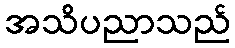
အသိပညာသည်